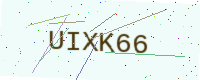
Text: UIXK66